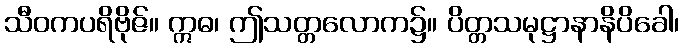
သီဝကပရိဗိုဇ်။ ဣဓ၊ ဤသတ္တလောက၌။ ပိတ္တသမုဋ္ဌာနာနိပိခေါ၊